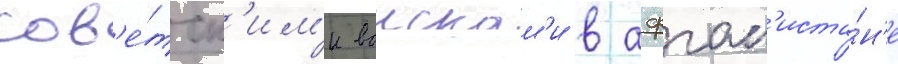
сов'е́тск'им'и воискам'и в афган'иста́н'е